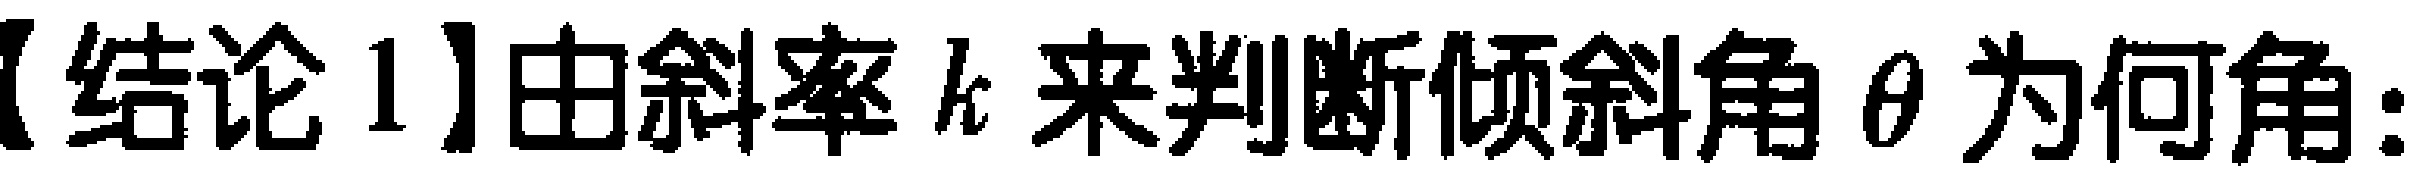
【结论 1】由斜率 \(k\) 来判断倾斜角 \(\theta\) 为何角：